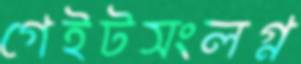
গেইটসংলগ্ন